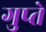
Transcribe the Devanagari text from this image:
गुप्‍ते